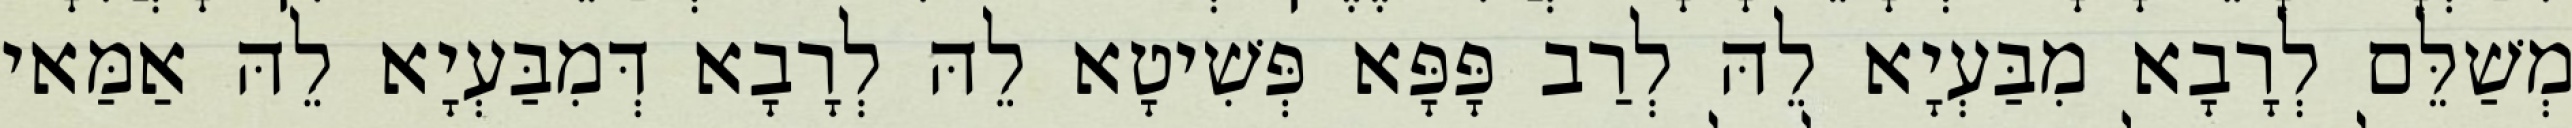
מְשַׁלֵּם לְרָבָא מִבַּעְיָא לֵהּ לְרַב פָּפָּא פְּשִׁיטָא לֵהּ לְרָבָא דְּמִבַּעְיָא לֵהּ אַמַּאי